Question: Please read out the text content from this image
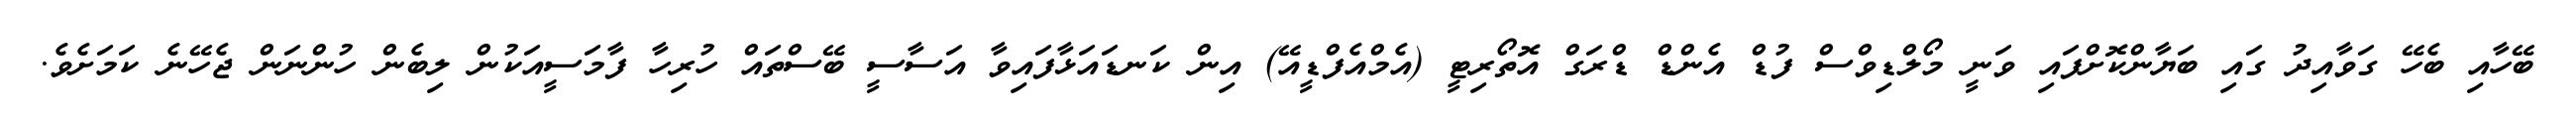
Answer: ބޭހާއި ބެހޭ ގަވާއިދު ގައި ބަޔާންކޮށްފައި ވަނީ މޯލްޑިވްސް ފުޑް އެންޑް ޑްރަގް އޮތޯރިޓީ (އެމްއެފްޑީއޭ) އިން ކަނޑައަޅާފައިވާ އަސާސީ ބޭސްތައް ހުރިހާ ފާމަސީއަކުން ލިބެން ހުންނަން ޖެހޭނެ ކަމަށެވެ.